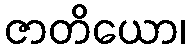
ဇာတိယော၊